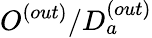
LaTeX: O^{(out)}/D_{a}^{(out)}